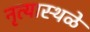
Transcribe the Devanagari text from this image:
नृत्यास्थळे